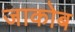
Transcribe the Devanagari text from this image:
जाकोब